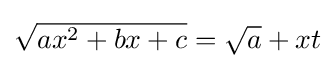
{\textstyle {\sqrt {ax^{2}+bx+c}}={\sqrt {a}}+xt}